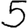
Digit: 5